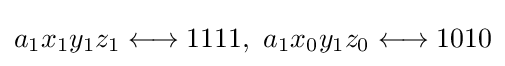
a_{1}x_{1}y_{1}z_{1}\longleftrightarrow 1111,\ a_{1}x_{0}y_{1}z_{0}\longleftrightarrow 1010